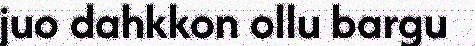
juo dahkkon ollu bargu